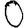
Digit: 0